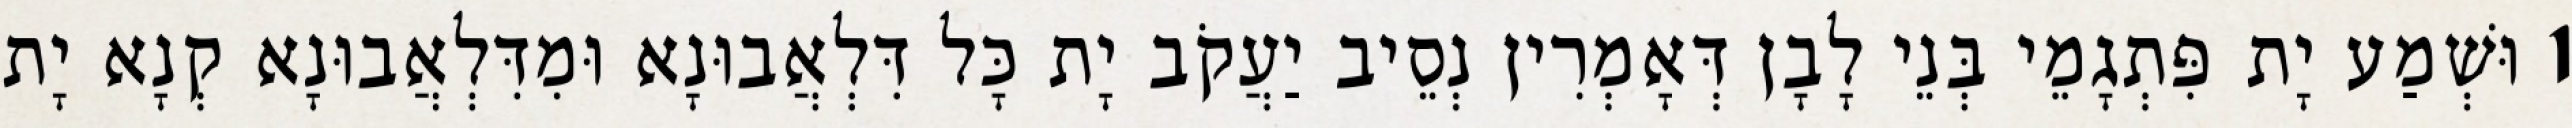
1 וּשְׁמַע יָת פִּתְגָמֵי בְּנֵי לָבָן דְּאָמְרִין נְסֵיב יַעֲקֹב יָת כָּל דִּלְאֲבוּנָא וּמִדִּלְאֲבוּנָא קְנָא יָת